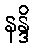
နန္ဒိ